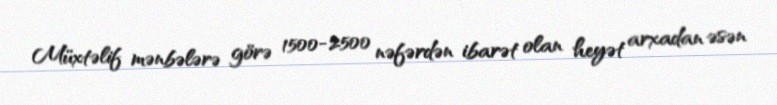
Müxtəlif mənbələrə görə 1500-2500 nəfərdən ibarət olan heyət arxadan əsən